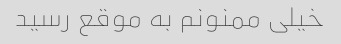
خیلی ممنونم به موقع رسید